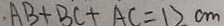
\cdot A B + B C + A C = 1 2 c m